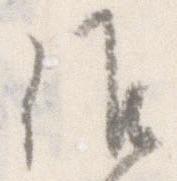
候